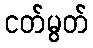
ငတ်မွတ်